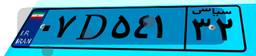
۶۶D۵۶۵۴۴